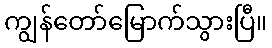
ကျွန်တော်မြောက်သွားပြီ။